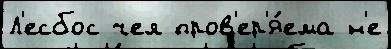
Л'есбос чел пров'ер'я́ема н'е